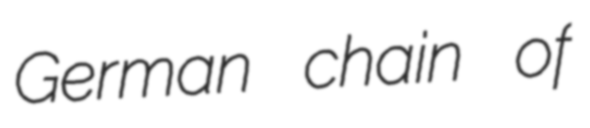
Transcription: German chain of